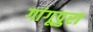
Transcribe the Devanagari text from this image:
गांगूपुरा